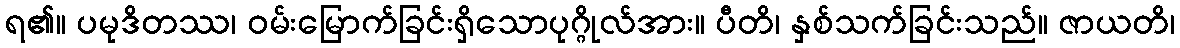
ရ၏။ ပမုဒိတဿ၊ ဝမ်းမြောက်ခြင်းရှိသောပုဂ္ဂိုလ်အား။ ပီတိ၊ နှစ်သက်ခြင်းသည်။ ဇာယတိ၊